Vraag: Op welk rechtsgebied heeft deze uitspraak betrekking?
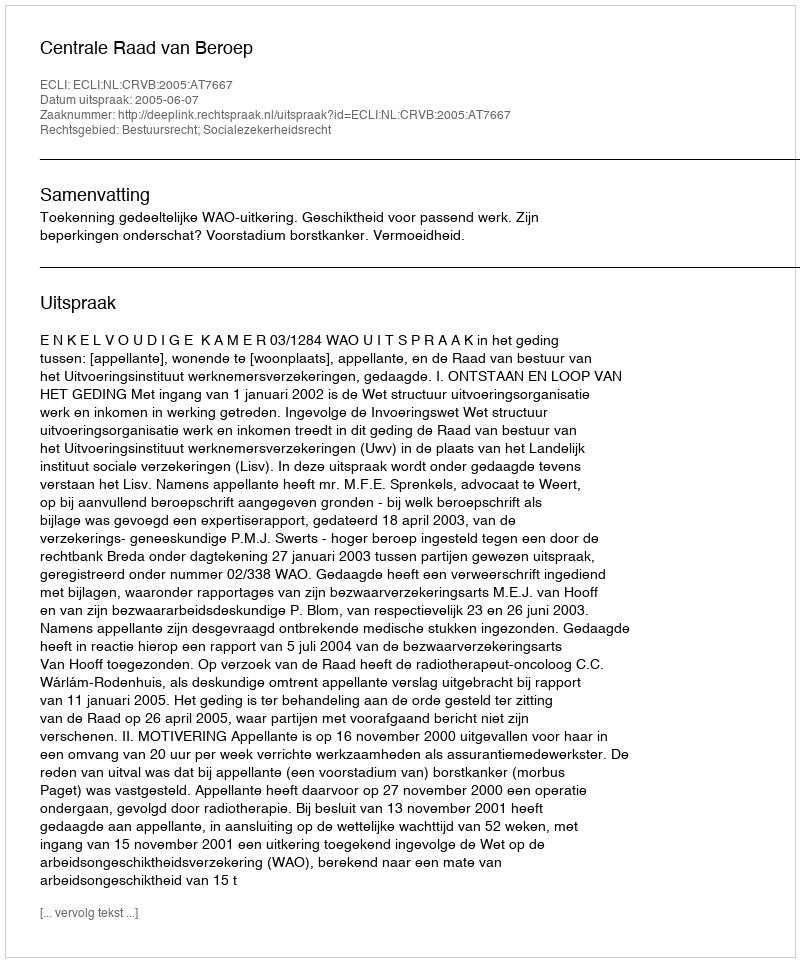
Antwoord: Bestuursrecht; Socialezekerheidsrecht